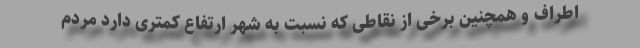
اطراف و همچنین برخی از نقاطی که نسبت به شهر ارتفاع کمتری دارد مردم